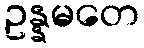
ဥန္နမတေ